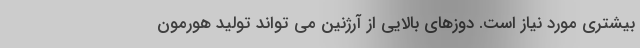
بیشتری مورد نیاز است. دوزهای بالایی از آرژنین می تواند تولید هورمون